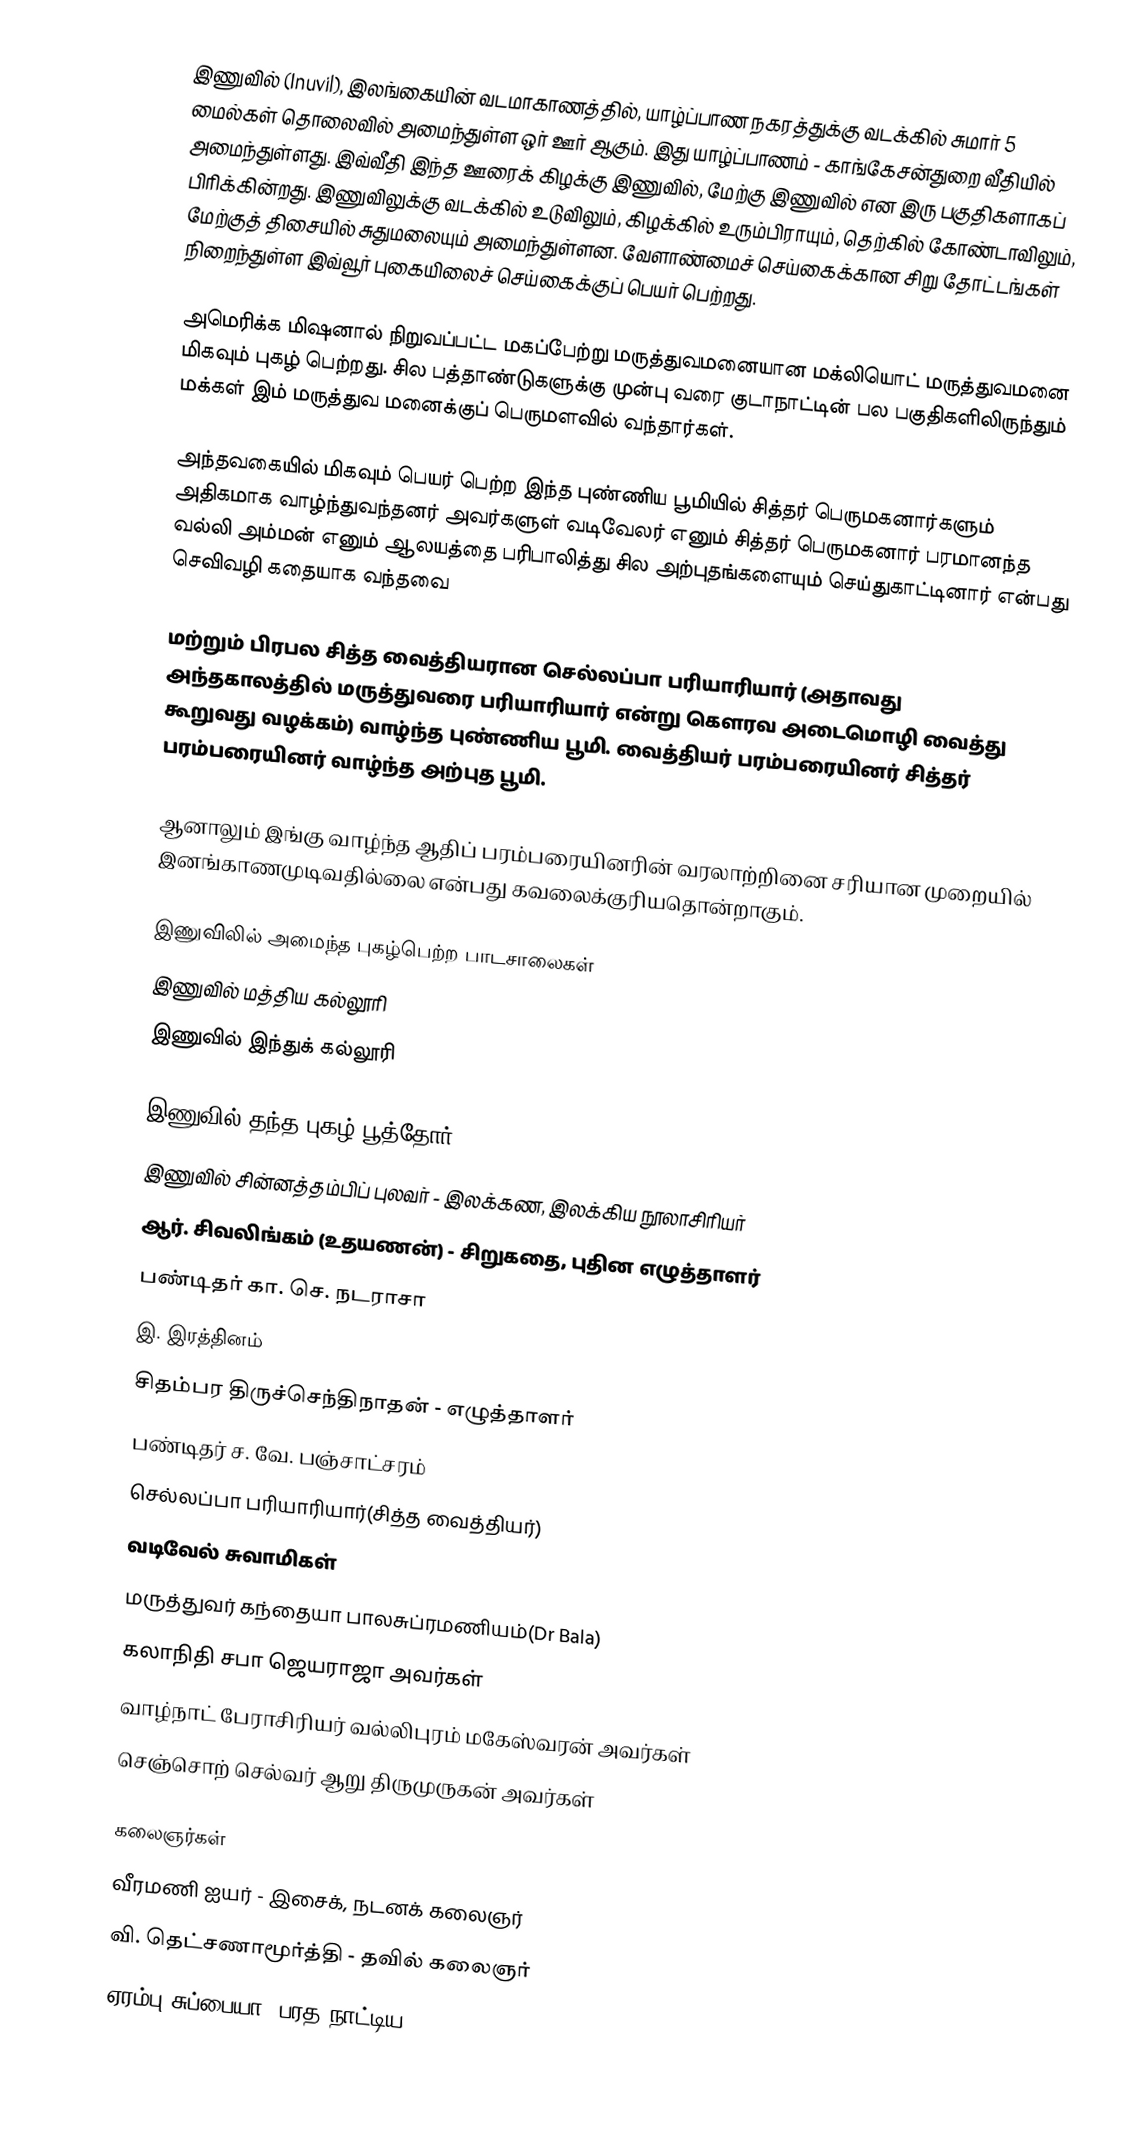
இணுவில் (Inuvil), இலங்கையின் வடமாகாணத்தில், யாழ்ப்பாண நகரத்துக்கு வடக்கில் சுமார் 5 மைல்கள் தொலைவில் அமைந்துள்ள ஒர் ஊர் ஆகும். இது யாழ்ப்பாணம் - காங்கேசன்துறை வீதியில் அமைந்துள்ளது. இவ்வீதி இந்த ஊரைக் கிழக்கு இணுவில், மேற்கு இணுவில் என இரு பகுதிகளாகப் பிரிக்கின்றது. இணுவிலுக்கு வடக்கில் உடுவிலும், கிழக்கில் உரும்பிராயும், தெற்கில் கோண்டாவிலும், மேற்குத் திசையில் சுதுமலையும் அமைந்துள்ளன. வேளாண்மைச் செய்கைக்கான சிறு தோட்டங்கள் நிறைந்துள்ள இவ்வூர் புகையிலைச் செய்கைக்குப் பெயர் பெற்றது.

அமெரிக்க மிஷனால் நிறுவப்பட்ட மகப்பேற்று மருத்துவமனையான மக்லியொட் மருத்துவமனை மிகவும் புகழ் பெற்றது. சில பத்தாண்டுகளுக்கு முன்பு வரை குடாநாட்டின் பல பகுதிகளிலிருந்தும் மக்கள் இம் மருத்துவ மனைக்குப் பெருமளவில் வந்தார்கள்.

அந்தவகையில் மிகவும் பெயர் பெற்ற இந்த புண்ணிய பூமியில் சித்தர் பெருமகனார்களும் அதிகமாக வாழ்ந்துவந்தனர் அவர்களுள் வடிவேலர் எனும் சித்தர் பெருமகனார் பரமானந்த வல்லி அம்மன் எனும் ஆலயத்தை பரிபாலித்து சில அற்புதங்களையும் செய்துகாட்டினார் என்பது செவிவழி கதையாக வந்தவை

மற்றும் பிரபல சித்த வைத்தியரான செல்லப்பா பரியாரியார் (அதாவது அந்தகாலத்தில் மருத்துவரை பரியாரியார் என்று கௌரவ அடைமொழி வைத்து கூறுவது வழக்கம்)  வாழ்ந்த புண்ணிய பூமி. வைத்தியர் பரம்பரையினர் சித்தர் பரம்பரையினர் வாழ்ந்த அற்புத பூமி.

ஆனாலும் இங்கு வாழ்ந்த ஆதிப் பரம்பரையினரின் வரலாற்றினை சரியான முறையில் இனங்காணமுடிவதில்லை என்பது கவலைக்குரியதொன்றாகும்.

இணுவிலில் அமைந்த புகழ்பெற்ற பாடசாலைகள்
 இணுவில் மத்திய கல்லூரி
 இணுவில் இந்துக் கல்லூரி

இணுவில் தந்த புகழ் பூத்தோர்
 இணுவில் சின்னத்தம்பிப் புலவர் - இலக்கண, இலக்கிய நூலாசிரியர்
 ஆர். சிவலிங்கம் (உதயணன்) - சிறுகதை, புதின எழுத்தாளர்
 பண்டிதர் கா. செ. நடராசா
 இ. இரத்தினம்
 சிதம்பர திருச்செந்திநாதன் - எழுத்தாளர்
 பண்டிதர் ச. வே. பஞ்சாட்சரம்
 செல்லப்பா பரியாரியார்(சித்த வைத்தியர்)
 வடிவேல் சுவாமிகள்
 மருத்துவர் கந்தையா பாலசுப்ரமணியம்(Dr Bala)
 கலாநிதி சபா ஜெயராஜா அவர்கள்
 வாழ்நாட் பேராசிரியர் வல்லிபுரம் மகேஸ்வரன் அவர்கள்
 செஞ்சொற் செல்வர் ஆறு திருமுருகன் அவர்கள்

கலைஞர்கள்
 வீரமணி ஐயர் - இசைக், நடனக் கலைஞர்
 வி. தெட்சணாமூர்த்தி - தவில் கலைஞர்
 ஏரம்பு சுப்பையா, பரத நாட்டிய